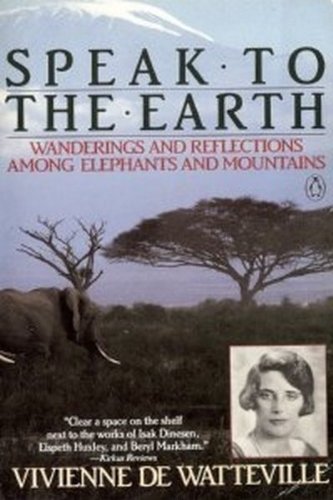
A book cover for Speak to the Earth: Wanderings and Reflections Among Elephants and Mountains; Vivienne De Watteville; Travel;